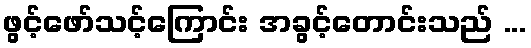
ဖွင့်ဖော်သင့်ကြောင်း အခွင့်တောင်းသည် ...